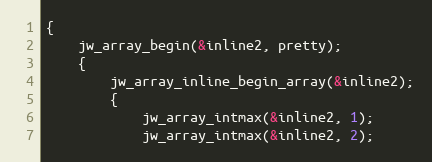
Language: C
{
	jw_array_begin(&inline2, pretty);
	{
		jw_array_inline_begin_array(&inline2);
		{
			jw_array_intmax(&inline2, 1);
			jw_array_intmax(&inline2, 2);